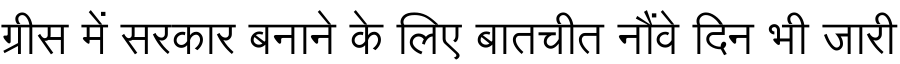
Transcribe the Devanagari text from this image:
ग्रीस में सरकार बनाने के लिए बातचीत नौंवे दिन भी जारी